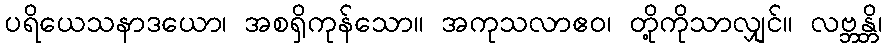
ပရိယေသနာဒယော၊ အစရှိကုန်သော။ အကုသလာဧဝ၊ တို့ကိုသာလျှင်။ လဗ္ဘန္တိ၊